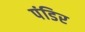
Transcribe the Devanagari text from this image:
पंडिर